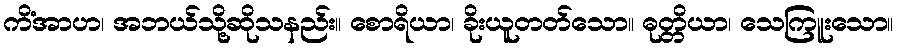
ကိံအာဟ၊ အဘယ်သို့ဆိုသနည်း။ စောရိယာ၊ ခိုးယူတတ်သော။ ဓုတ္တိယာ၊ သေကြူးသော။